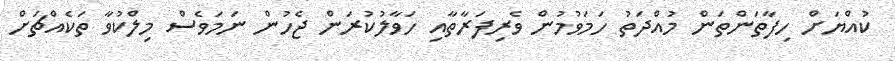
ކުއްޔަށް ހިފާތަންތަން މުއްދަތު ހަމަވުމުން ވެރިފަރާތާއި ހަވާލުކުރަން ޖެހުން ނަމަވެސް މިލްކުވާ ތަކެއްޗަށް